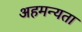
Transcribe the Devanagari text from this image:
अहमन्यता